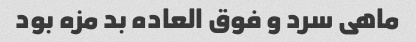
ماهى سرد و فوق العاده بد مزه بود